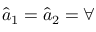
\hat { a } _ { 1 } = \hat { a } _ { 2 } = \forall